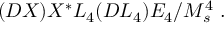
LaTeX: ( { \cal D } X ) X ^ { * } L _ { 4 } ( { \cal D } L _ { 4 } ) E _ { 4 } / M _ { s } ^ { 4 } ~ .